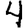
Digit: 4